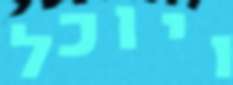
ויוכל